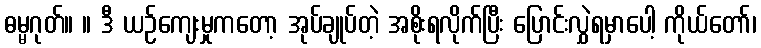
ဓမ္မဂုတ်။ ။ ဒီ ယဉ်ကျေးမှုကတော့ အုပ်ချုပ်တဲ့ အစိုးရလိုက်ပြီး ပြောင်းလွှဲရမှာပေါ့ ကိုယ်တော်၊